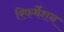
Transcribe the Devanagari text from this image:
रिफर्मेशन